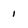
Character: i